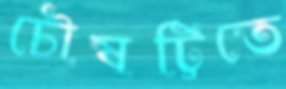
চৌষট্টিতে